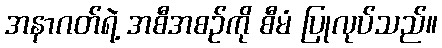
အနာဂတ်ရဲ့ အစီအစဉ်ကို စီမံ ပြုလုပ်သည်။